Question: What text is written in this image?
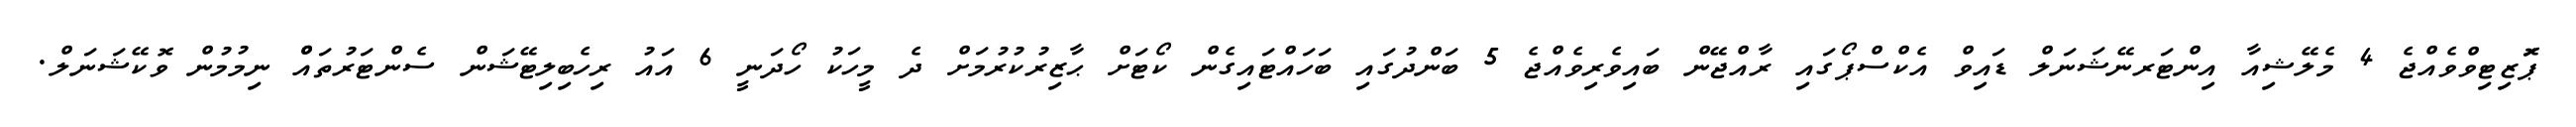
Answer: ޕަޮޒިޓިވްވެއްޖެ 4 މެލޭޝިއާ އިންޓަރނޭޝަނަލް ޑައިވް އެކްސްޕޯގައި ރާއްޖޭން ބައިވެރިވެއްޖެ 5 ބަންދުގައި ބަހައްޓައިގެން ކޯޓަށް ޙާޒިރުކުރުމަށް ދެ މީހަކު ހޯދަނީ 6 އައު ރިހެބިލިޓޭޝަން ސެންޓަރުތައްް ނިމުމުން ވޮކޭޝަނަލް.